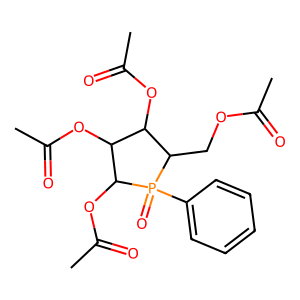
SMILES: CC(=O)OCC1C(OC(C)=O)C(OC(C)=O)C(OC(C)=O)P1(=O)c1ccccc1
Inhibits HIV replication: No